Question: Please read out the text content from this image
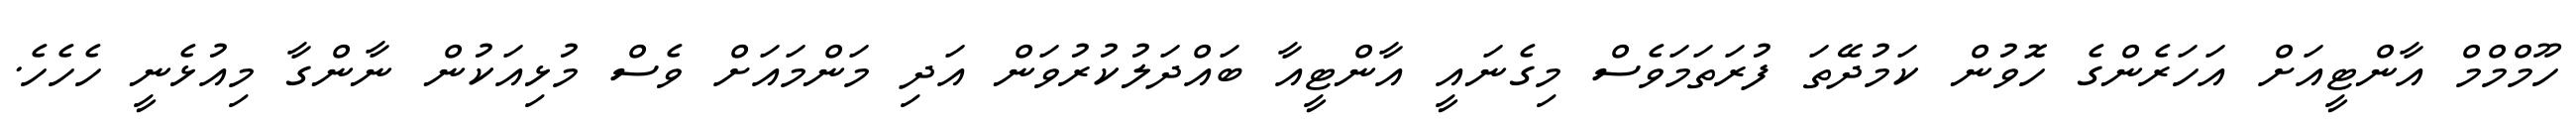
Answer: ހޫމްމްމް އާންޓީއަށް އަހަރެންގެ ހޮވުން ކަމުދޭތަ ފުރަތަމަވެސް މިގެނައީ އާންޓީއާ ބައްދަލުކުރުވަން އަދި މަންމައަށް ވެސް މުޅިއަކުން ނާންގާ މިއުޅެނީ ހެހެހެ.